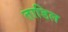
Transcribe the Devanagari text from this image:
ताडिल